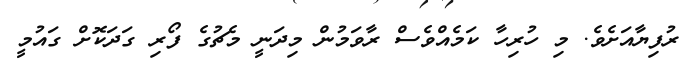
ރުފިޔާއަށެވެ. މި ހުރިހާ ކަމެއްވެސް ރާވަމުން މިދަނީ މެޗުގެ ފޯރި ގަދަކޮށް ގައުމީ